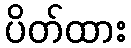
ပိတ်ထား